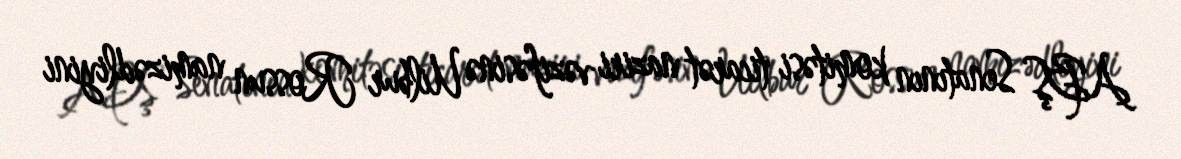
ABŞ Senatının komitəsi ticarət naziri vəzifəsinə Uilbur Rossun namizədliyini